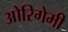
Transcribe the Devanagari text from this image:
ओरिगेमी